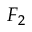
F _ { 2 }